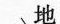
地